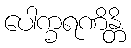
ပေါက္ခရဏိန္တိ